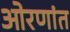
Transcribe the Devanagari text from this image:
ओरणांत